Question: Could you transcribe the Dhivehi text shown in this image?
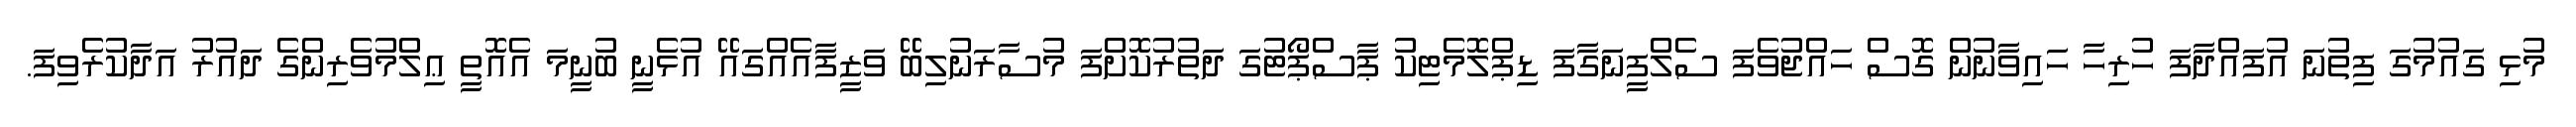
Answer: މުޅި ގައުމުގަ ފިތުނަ އުފައްދާފަ ހުރިހާ ހައިވާނުން ގޮސް ހައްޖުވެފަ ސެލްފީނަގާފަ ޑިޕްލޮމެޓިކު ޕާސްޕޯޓުގަ ދަތުރުކޮށްފަ މުސާރަނުލިބޭ ވަޒީފާއެއްގައޭ އުޅެނީ ބުނީމަ އެއޮތީ ޢިލްމުވެރިންގެ ދައުރު އަދާކުރެވިފަ.